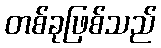
တစ်ခုဖြစ်သည်